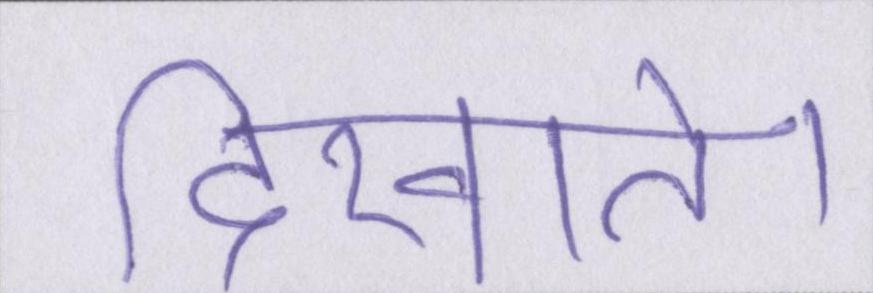
दिखाते।